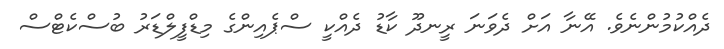
ދެއްކުމުންނެވެ. އޭނާ އަށް ދެވަނަ ރީނދޫ ކާޑު ދެއްކީ ސްޕެއިންގެ މިޑްފީލްޑަރު ބުސްކެޓްސް